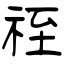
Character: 祬